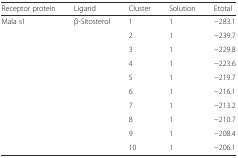
| Receptor protein | Ligand | Cluster | Solution | Etotal |
 | --- | --- | --- | --- | --- |
 | Mala s1 | β-Sitosterol | 1 | 1 | −283.1 |
 |  |  | 2 | 1 | −239.7 |
 |  |  | 3 | 1 | −229.8 |
 |  |  | 4 | 1 | −223.6 |
 |  |  | 5 | 1 | −219.7 |
 |  |  | 6 | 1 | −216.1 |
 |  |  | 7 | 1 | −213.2 |
 |  |  | 8 | 1 | −210.7 |
 |  |  | 9 | 1 | −208.4 |
 |  |  | 10 | 1 | −206.1 |